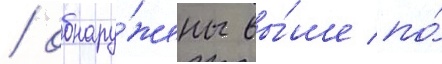
/ обнару́жены вы́ше по́